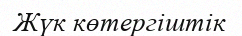
Жүк көтергіштік